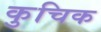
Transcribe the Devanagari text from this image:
कुचिक